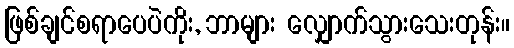
ဖြစ်ချင်စရာပေပဲကိုး, ဘာများ လျှောက်သွားသေးတုန်း။